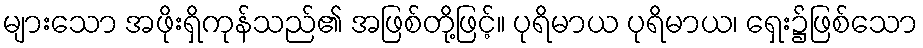
များသော အဖိုးရှိကုန်သည်၏ အဖြစ်တို့ဖြင့်။ ပုရိမာယ ပုရိမာယ၊ ရှေး၌ဖြစ်သော